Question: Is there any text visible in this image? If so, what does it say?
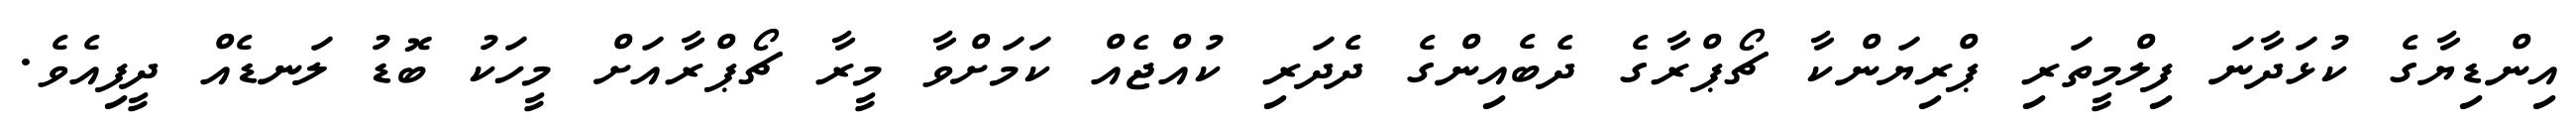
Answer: އިންޑިޔާގެ ކުޅަދާނަ ފިލްމީތަރި ޕްރިޔަންކާ ޗޯޕްރާގެ ދެބެއިންގެ ދެދަރި ކުއްޖެއް ކަމަށްވާ މީރާ ޗޯޕްރާއަށް މީހަކު ބޮޑު ލަނޑެއް ދީފިއެވެ.